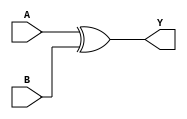
module xor_4b(
    input wire [3:0] A, //first 4-bit input
    input wire [3:0] B, //second 4-bit input
    output wire [3:0] Y //4-bit output
);
    assign Y = A ^ B;
endmodule